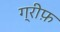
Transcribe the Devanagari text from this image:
ग्रीफ़